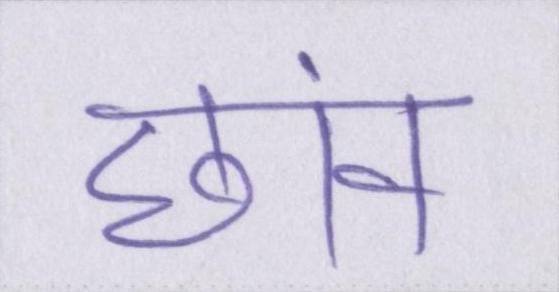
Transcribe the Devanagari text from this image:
छांव